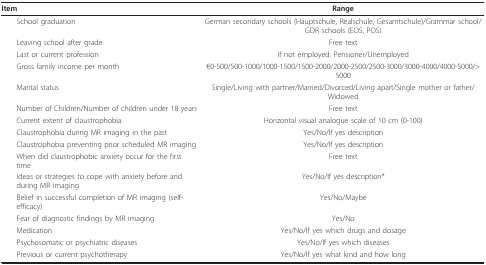
| Item | Range |
 | --- | --- |
 | School graduation | German secondary schools (Hauptschule, Realschule, Gesamtschule)/Grammar school/GDR schools (EOS, POS) |
 | Leaving school after grade | Free text |
 | Last or current profession | If not employed: Pensioner/Unemployed |
 | Gross family income per month | €0-500/500-1000/1000-1500/1500-2000/2000-2500/2500-3000/3000-4000/4000-5000/> 5000 |
 | Marital status | Single/Living with partner/Married/Divorced/Living apart/Single mother or father/Widowed |
 | Number of Children/Number of children under 18 years | Free text |
 | Current extent of claustrophobia | Horizontal visual analogue scale of 10 cm (0-100) |
 | Claustrophobia during MR imaging in the past | Yes/No/If yes description |
 | Claustrophobia preventing prior scheduled MR imaging | Yes/No/If yes description |
 | When did claustrophobic anxiety occur for the first time | Free text |
 | Ideas or strategies to cope with anxiety before and during MR imaging | Yes/No/If yes description* |
 | Belief in successful completion of MR imaging (self-efficacy) | Yes/No/Maybe |
 | Fear of diagnostic findings by MR imaging | Yes/No |
 | Medication | Yes/No/If yes which drugs and dosage |
 | Psychosomatic or psychiatric diseases | Yes/No/If yes which diseases |
 | Previous or current psychotherapy | Yes/No/If yes what kind and how long |